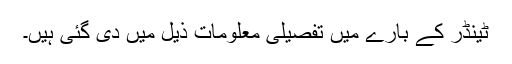
ٹینڈر کے بارے میں تفصیلی معلومات ذیل میں دی گئی ہیں۔